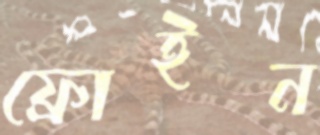
ফ্রোইন